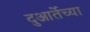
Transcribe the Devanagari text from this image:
दुआर्तेच्या